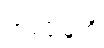
တင်ပို့မှုကို